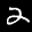
Label: 2